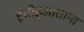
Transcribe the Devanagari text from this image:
इंतीहुआताना